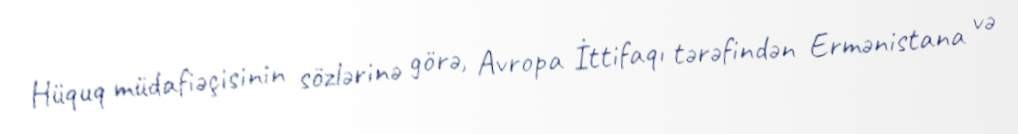
Hüquq müdafiəçisinin sözlərinə görə, Avropa İttifaqı tərəfindən Ermənistana və